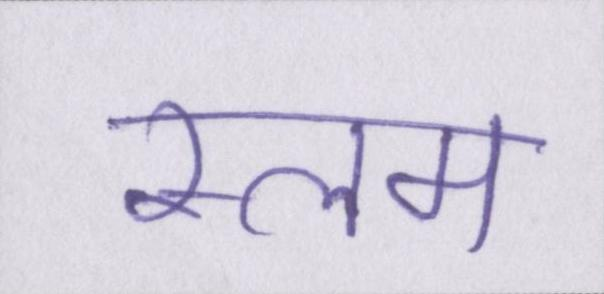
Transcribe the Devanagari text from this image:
स्लम